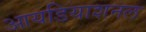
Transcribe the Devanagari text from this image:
आयडियाशनल